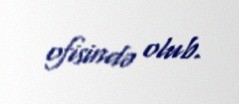
ofisində olub.